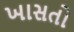
ખાસતો